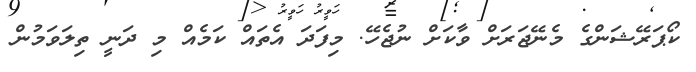
ކޯޕަރޭޝަންގެ މެނޭޖަރަށް ވާކަށް ނުޖެހޭ. މިފަދަ އެތައް ކަމެއް މި ދަނީ ތިލަވަމުން